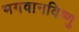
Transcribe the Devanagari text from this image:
भगवानविष्णु